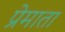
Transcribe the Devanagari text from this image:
प्रेमाता